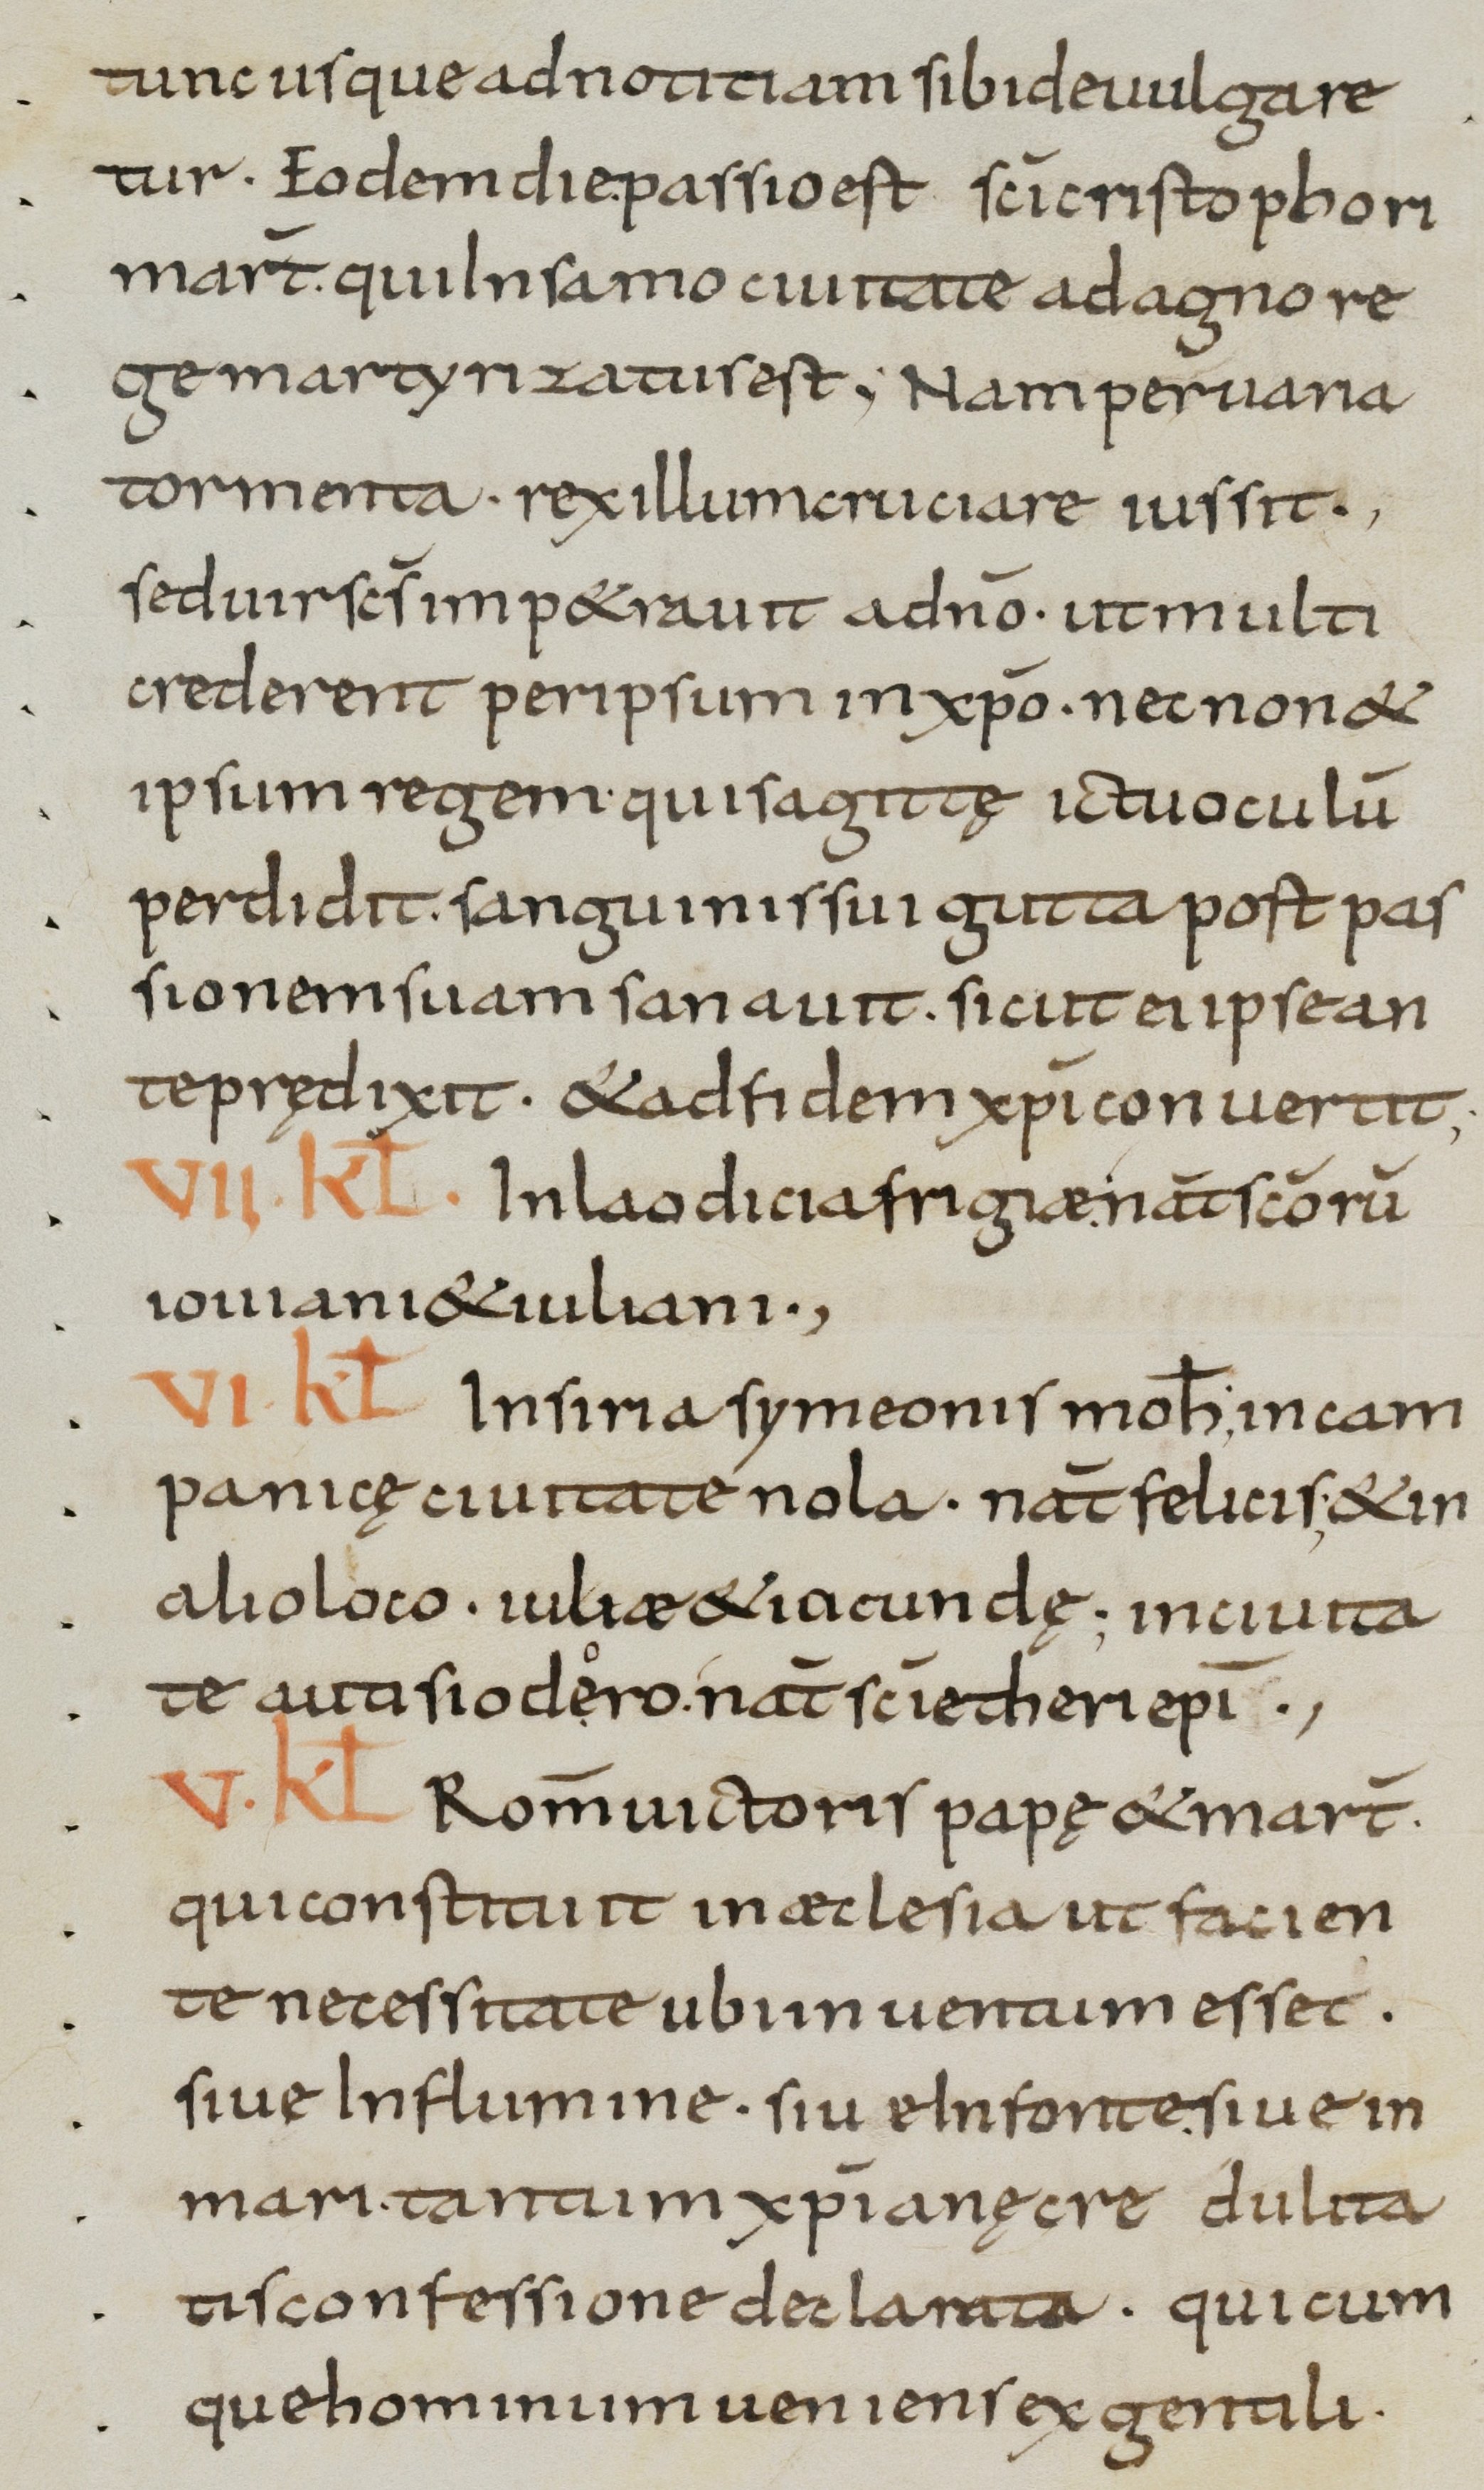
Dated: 800–899